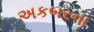
અકબરના